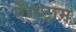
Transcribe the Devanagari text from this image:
ऐंग्स्ट्राम